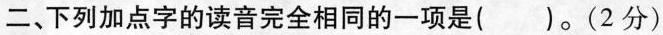
二、下列加点字的读音完全相同的一项是()。(2分)